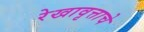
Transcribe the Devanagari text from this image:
रेखावृत्ताचे